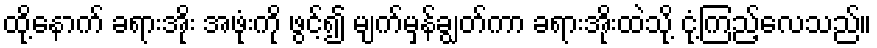
ထို့နောက် ခရားအိုး အဖုံးကို ဖွင့်၍ မျက်မှန်ချွတ်ကာ ခရားအိုးထဲသို့ ငုံ့ကြည့်လေသည်။